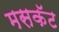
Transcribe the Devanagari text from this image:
मसकॅट